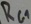
Text: RG1